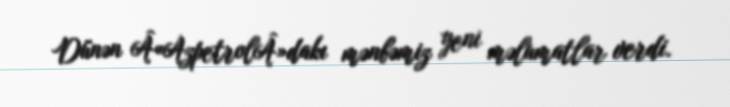
Dünən Â«AzpetrolÂ»dakı mənbəmiz yeni məlumatlar verdi.